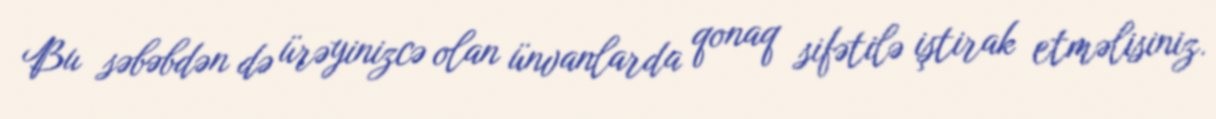
Bu səbəbdən də ürəyinizcə olan ünvanlarda qonaq sifətilə iştirak etməlisiniz.